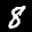
Label: 8